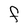
Character: F